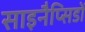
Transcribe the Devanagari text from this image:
साइनैप्सिडों